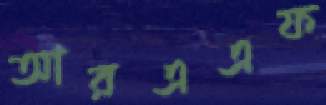
আরএএফ